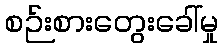
စဉ်းစားတွေးခေါ်မှု